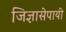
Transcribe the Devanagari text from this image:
जिज्ञासेपायी